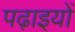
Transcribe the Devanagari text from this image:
पढ़ाइयों